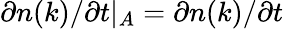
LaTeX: \partial n(k)/\partial t\rvert_{A}=\partial n(k)/\partial t